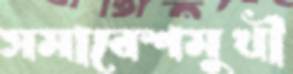
সমাবেশমুখী